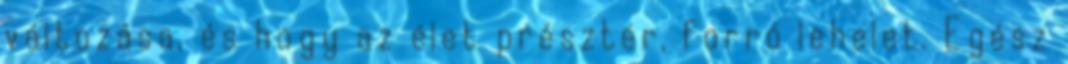
változása, és hogy az élet présztér, forró lehelet. Egész